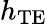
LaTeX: h_{\mathrm{TE}}